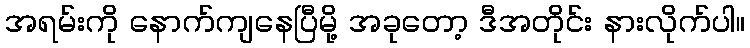
အရမ်းကို နောက်ကျနေပြီမို့ အခုတော့ ဒီအတိုင်း နားလိုက်ပါ။